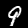
Label: 9